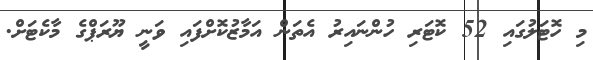
މި ހޮޓަލުގައި 52 ކޮޓަރި ހުންނައިރު އެތަން އަމާޒުކޮށްފައި ވަނީ ޔޫރަޕްގެ މާކެޓަށް.